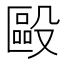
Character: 毆